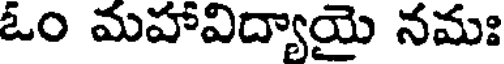
ఓం మహావిద్యాయై నమః